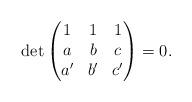
LaTeX: \begin{align*} \det\begin{pmatrix} 1 & 1 & 1\\ a & b & c \\ a'&b'&c'\\\end{pmatrix}=0. \end{align*}